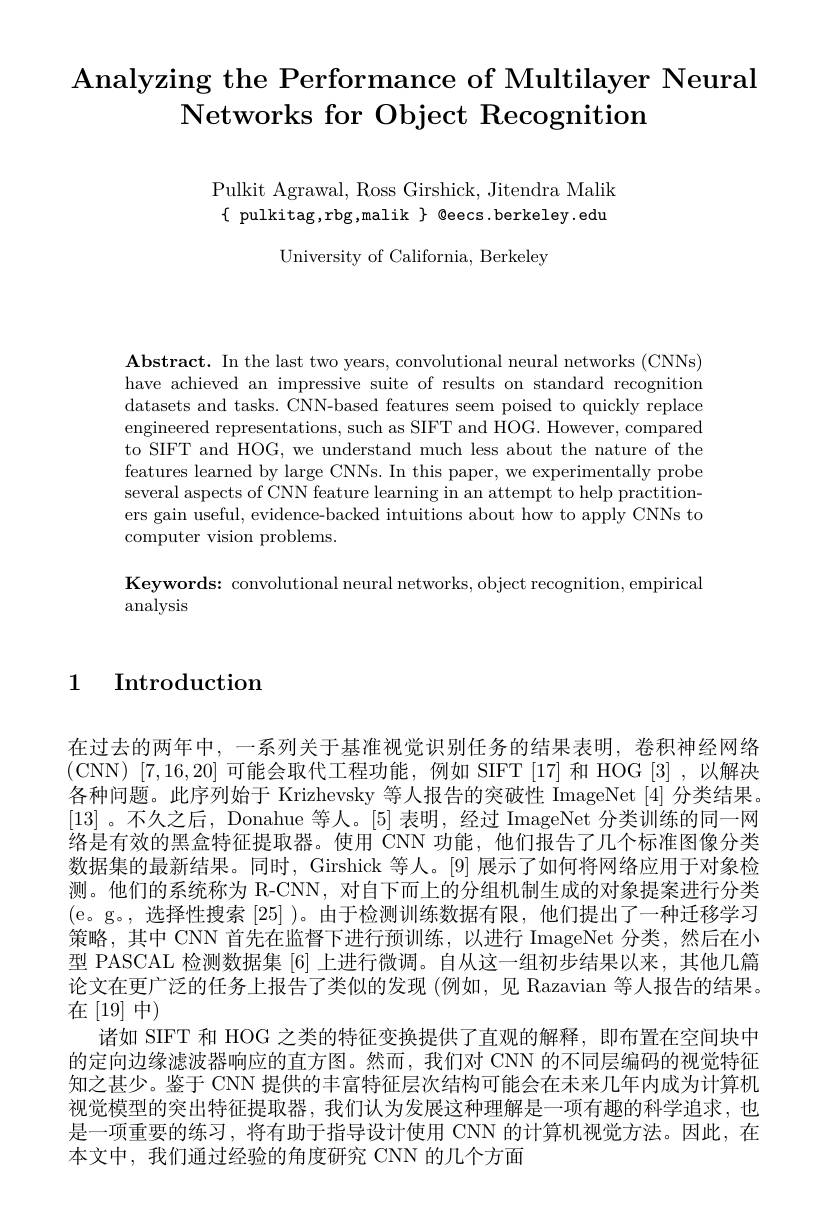
Analyzing the Performance of Multilayer Neural
$\textbf{Networks for Object Recognition}$

Pulkit Agrawal, Ross Girshick, Jitendra Malik $\{$pulkitag,rbg,malik$\}$@eecs.berkeley.edu

University of California, Berkeley

$\mathbf{Abstract.~In~the~last~two~years,~convolutional~neural~networks~(CNNs)}$ have achieved an impressive suite of results on standard recognition datasets and tasks. CNN-based features seem poised to quickly replace engineered representations, such as SIFT and HOG. However, compared to SIFT and HOG, we understand much less about the nature of the features learned by large CNNs. In this paper, we experimentally probe several aspects of CNN feature learning in an attempt to help practitioners gain useful, evidence-backed intuitions about how to apply CNNs to computer vision problems.

Keywords: convolutional neural networks, object recognition, empirical
analysis

## 1 Introduction

在过去的两年中，一系列关于基准视觉识别任务的结果表明，卷积神经网络(CNN)[7,16,20]可能会取代工程功能，例如 SIFT[17] 和 HOG[3],以解决各种问题。此序列始于 Krizhevsky 等人报告的突破性 ImageNet [4] 分类结果。[13] 。不久之后，Donahue 等人。[5]表明，经过 ImageNet 分类训练的同一网络是有效的黑盒特征提取器。使用 CNN 功能，他们报告了几个标准图像分类数据集的最新结果。同时，Girshick 等人。[9] 展示了如何将网络应用于对象检测。他们的系统称为 R-CNN, 对自下而上的分组机制生成的对象提案进行分类(e。g。,选择性搜索[25] )。由于检测训练数据有限，他们提出了一种迁移学习策略，其中 CNN 首先在监督下进行预训练，以进行 ImageNet 分类，然后在小型 PASCAL 检测数据集 [6] 上进行微调。自从这一组初步结果以来，其他几篇论文在更广泛的任务上报告了类似的发现(例如，见 Razavian 等人报告的结果。在[19]中)
诸如 SIFT 和 HOG 之类的特征变换提供了直观的解释，即布置在空间块中的定向边缘滤波器响应的直方图。然而，我们对 CNN 的不同层编码的视觉特征知之甚少。鉴于 CNN 提供的丰富特征层次结构可能会在末来几年内成为计算机视觉模型的突出特征提取器，我们认为发展这种理解是一项有趣的科学追求，也是一项重要的练习，将有助于指导设计使用 CNN 的计算机视觉方法。因此，在本文中，我们通过经验的角度研究 CNN 的几个方面